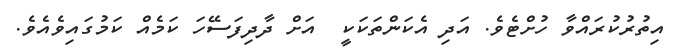
އިތުރުކުރައްވާ ހުށްޓެވެ. އަދި އެކަންތަކަކީ  އަށް ދާދިފަސޭހަ ކަމެއް ކަމުގައިވެއެވެ.